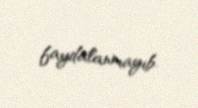
faydalanmayıb.